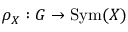
\rho _ { X } : G \to \operatorname { S y m } ( X )